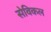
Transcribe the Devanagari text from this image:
सेविकल